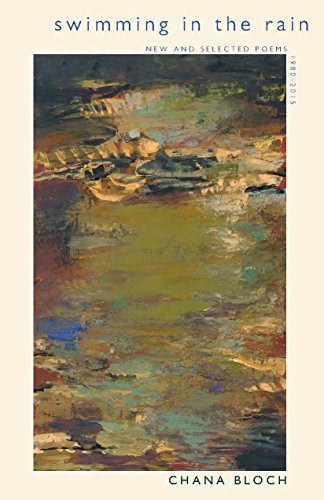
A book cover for Swimming in the Rain: New and Selected Poems 1980-2015; Chana Bloch; Literature & Fiction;